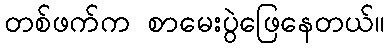
တစ်ဖက်က စာမေးပွဲဖြေနေတယ်။